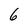
Character: 6